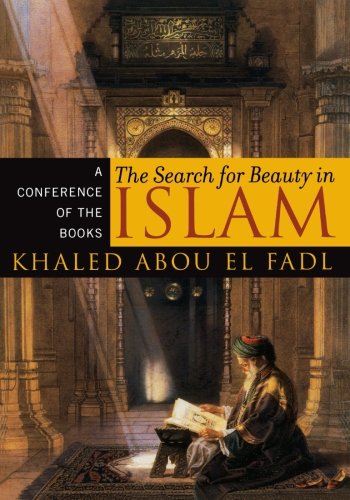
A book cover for The Search for Beauty in Islam: A Conference of the Books; Khaled Abou El Fadl; Christian Books & Bibles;